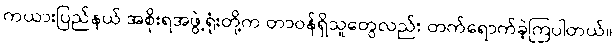
ကယားပြည်နယ် အစိုးရအဖွဲ့ရုံးတို့က တာဝန်ရှိသူတွေလည်း တက်ရောက်ခဲ့ကြပါတယ်။